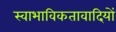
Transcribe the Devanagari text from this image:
स्वाभाविकतावादियों